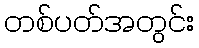
တစ်ပတ်အတွင်း